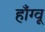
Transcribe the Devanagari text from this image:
हाँग्वू